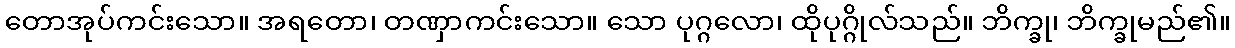
တောအုပ်ကင်းသော။ အရတော၊ တဏှာကင်းသော။ သော ပုဂ္ဂလော၊ ထိုပုဂ္ဂိုလ်သည်။ ဘိက္ခု၊ ဘိက္ခုမည်၏။